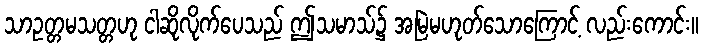
သာဥတ္တမသတ္တဟု ငါဆိုလိုက်ပေသည် ဤသမာသ်၌ အမြဲမဟုတ်သောကြောင့် လည်းကောင်း။